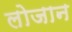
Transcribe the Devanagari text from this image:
लोजान